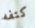
كتفه